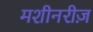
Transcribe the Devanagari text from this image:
मशीनरीज़